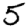
Digit: 5